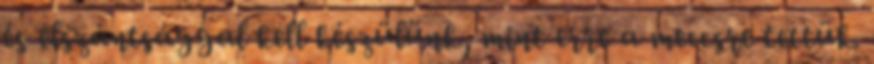
és elszántsággal kell készülünk, mint erre a meccsre tettük.